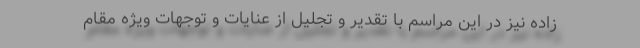
زاده نیز در این مراسم با تقدیر و تجلیل از عنایات و توجهات ویژه مقام